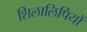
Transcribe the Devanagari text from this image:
शिलालिपियों